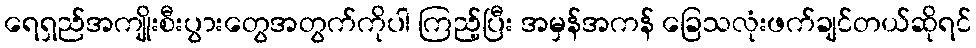
ရေရှည်အကျိုးစီးပွားတွေအတွက်ကိုပါ ကြည့်ပြီး အမှန်အကန် ခြေသလုံးဖက်ချင်တယ်ဆိုရင်